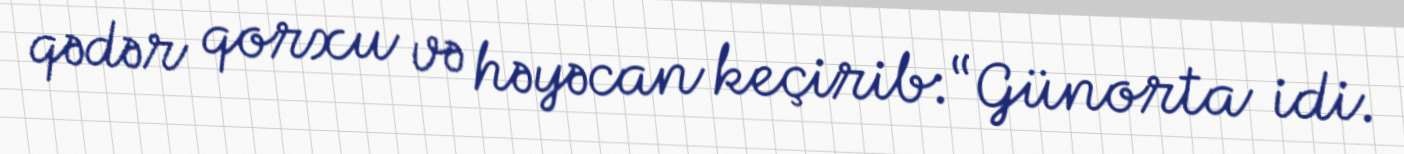
qədər qorxu və həyəcan keçirib:“Günorta idi.